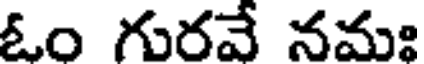
ఓం గురవే నమః